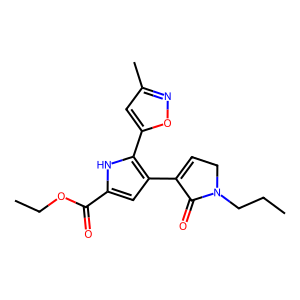
SMILES: CCCN1CC=C(c2cc(C(=O)OCC)[nH]c2-c2cc(C)no2)C1=O
Inhibits HIV replication: No